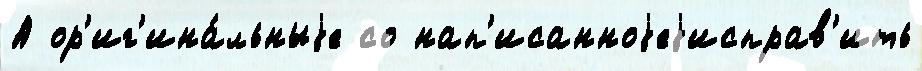
А ор'иг'ина́льныjе со нап'исанноjеjисправ'ить